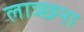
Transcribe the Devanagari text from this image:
लाञ्छना